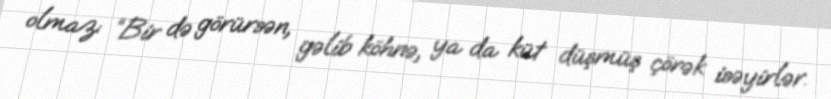
olmaz: “Bir də görürsən, gəlib köhnə, ya da küt düşmüş çörək isəyirlər.